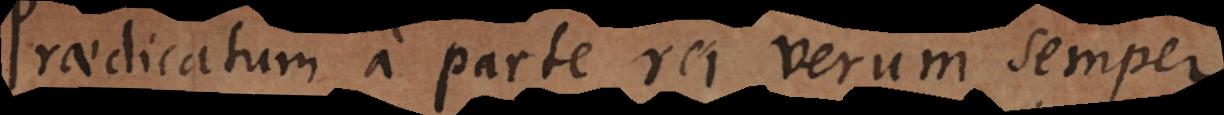
raedicatum a parte rei verum semper